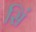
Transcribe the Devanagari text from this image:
सिं